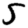
Digit: 5